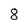
Character: 8